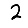
Digit: 2